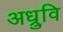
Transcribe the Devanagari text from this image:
अध्रुवि